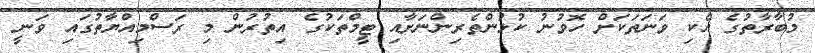
މުބާރާތުގެ އެކި ވަނަތަކަށް ހޮވުނު ކުޅުންތެރިންނަށާއި ޓީމްތަކުގެ އިތުރުން މި ރަސްމިއްޔާތުގައި ވަނީ